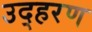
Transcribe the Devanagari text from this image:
उद्हरण